Insane asylums in Bengal annual reports 1876-1887 - 1876-1887
Year: 1876
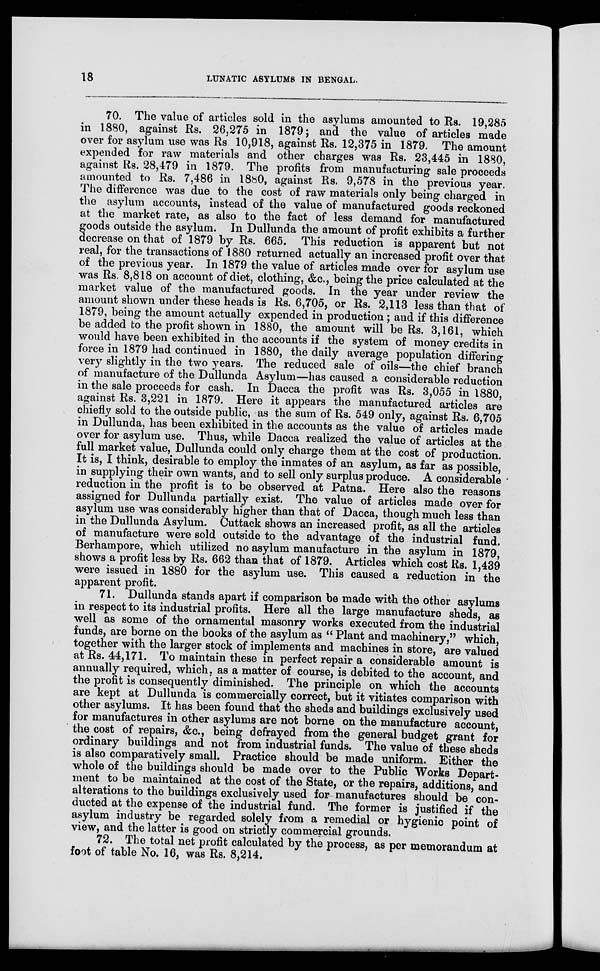
18
LUNATIC ASYLUMS IN BENGAL.
70. The value of articles sold in the asylums amounted to Rs. 19,285
in 1880, against Rs. 26,275 in 1879; and the value of articles made
over for asylum use was Rs. 10,918, against Rs. 12,375 in 1879. The amount
expended for raw materials and other charges was Rs. 23,445 in 1880,
against Rs. 28,479 in 1879. The profits from manufacturing sale proceeds
amounted to Rs. 7,486 in 1880, against Rs. 9,578 in the previous year.
The difference was due to the cost of raw materials only being charged in
the asylum accounts, instead of the value of manufactured goods reckoned
at the market rate, as also to the fact of less demand for manufactured
goods outside the asylum. In Dullunda the amount of profit exhibits a further
decrease on that of 1879 by Rs. 665. This reduction is apparent but not
real, for the transactions of 1880 returned actually an increased profit over that
of the previous year. In 1879 the value of articles made over for asylum use
was Rs. 8,818 on account of diet, clothing, &c., being the price calculated at the
market value of the manufactured goods. In the year under review the
amount shown under these heads is Rs. 6,705, or Rs. 2,113 less than that of
1879, being the amount actually expended in production ; and if this difference
be added to the profit shown in 1880, the amount will be Rs. 3,161, which
would have been exhibited in the accounts if the system of money credits in
force in 1879 had continued in 1880, the daily average population differing
very slightly in the two years. The reduced sale of oils—the chief branch
of manufacture of the Dullunda Asylum—has caused a considerable reduction
in the sale proceeds for cash. In Dacca the profit was Rs. 3,055 in 1880,
against Rs. 3,221 in 1879. Here it appears the manufactured articles are
chiefly sold to the outside public, as the sum of Rs. 549 only, against Rs. 6,705
in Dullunda, has been exhibited in the accounts as the value of articles made
over for asylum use. Thus, while Dacca realized the value of articles at the
full market value, Dullunda could only charge them at the cost of production.
It is, I think, desirable to employ the inmates of an asylum, as far as possible,
in supplying their own wants, and to sell only surplus produce. A considerable
reduction in the profit is to be observed at Patna. Here also the reasons
assigned for Dullunda partially exist. The value of articles made over for
asylum use was considerably higher than that of Dacca, though much less than
in the Dullunda Asylum. Cuttack shows an increased profit, as all the articles
of manufacture were sold outside to the advantage of the industrial fund.
Berhampore, which utilized no asylum manufacture in the asylum in 1879,
shows a profit less by Rs. 662 than that of 1879. Articles which cost Rs. 1,439
were issued in 1880 for the asylum use. This caused a reduction in the
apparent profit.
71. Dullunda stands apart if comparison be made with the other asylums
in respect to its industrial profits. Here all the large manufacture sheds, as
well as some of the ornamental masonry works executed from the industrial
funds, are borne on the books of the asylum as “ Plant and machinery,” which,
together with the larger stock of implements and machines in store, are valued
at Rs. 44,171. To maintain these in perfect repair a considerable amount is
annually required, which, as a matter of course, is debited to the account, and
the profit is consequently diminished. The principle on which the accounts
are kept at Dullunda is commercially correct, but it vitiates comparison with
other asylums. It has been found that the sheds and buildings exclusively used
for manufactures in other asylums are not borne on the manufacture account,
the cost of repairs, &c., being defrayed from the general budget grant for
ordinary buildings and not from industrial funds. The value of these sheds
is also comparatively small. Practice should be made uniform. Either the
whole of the buildings should be made over to the Public Works Depart-
ment to be maintained at the cost of the State, or the repairs, additions, and
alterations to the buildings exclusively used for manufactures should be con-
ducted at the expense of the industrial fund. The former is justified if the
asylum industry be regarded solely from a remedial or hygienic point of
view, and the latter is good on strictly commercial grounds.
72. The total net profit calculated by the process, as per memorandum at
foot of table No. 16, was Rs. 8,214.